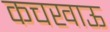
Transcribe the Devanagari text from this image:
कचखाऊ